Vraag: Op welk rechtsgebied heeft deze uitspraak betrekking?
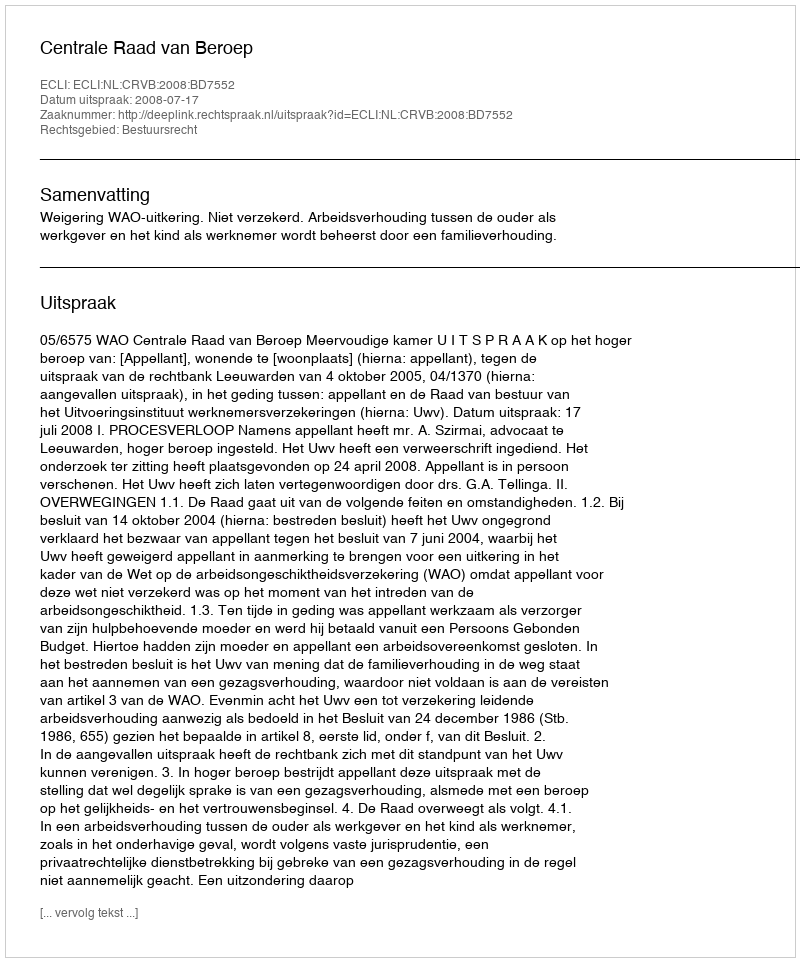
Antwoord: Bestuursrecht